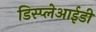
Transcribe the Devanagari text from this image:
डिस्प्लेआईडी